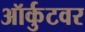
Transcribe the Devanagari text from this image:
ऑर्कुटवर